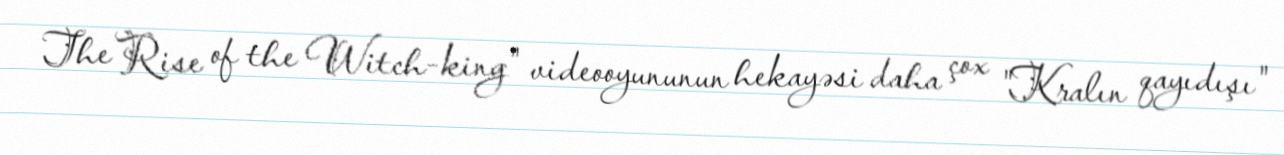
The Rise of the Witch-king" videooyununun hekayəsi daha çox "Kralın qayıdışı"